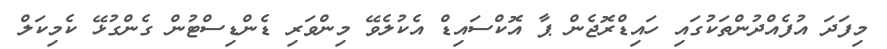
މިފަދަ އުފެއްދުންތަކުގައި ހައިޑްރޮޖެން ޕާ އޮކްސައިޑް އެކުލެވޭ މިންވަރި ޑެންޑިސްޓުން ގެންގުޅޭ ކެމިކަލް